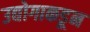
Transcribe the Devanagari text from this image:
उद्योगाकडून